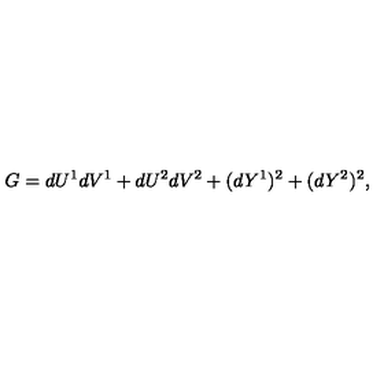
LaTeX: G = d U ^ { 1 } d V ^ { 1 } + d U ^ { 2 } d V ^ { 2 } + ( d Y ^ { 1 } ) ^ { 2 } + ( d Y ^ { 2 } ) ^ { 2 } ,